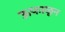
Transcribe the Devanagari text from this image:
ऊफाळून